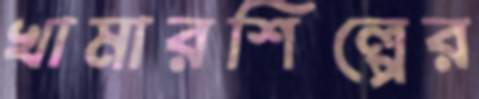
খামারশিল্পের